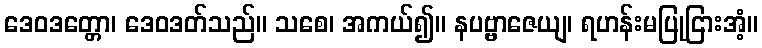
ဒေဝဒတ္တော၊ ဒေဝဒတ်သည်။ သစေ၊ အကယ်၍။ နပဗ္ဗာဇေယျ၊ ရဟန်းမပြုငြားအံ့။